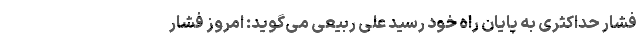
فشار حداکثری به پایان راه خود رسید علی ربیعی می‌گوید: امروز فشار